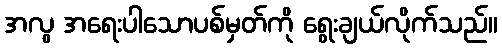
အလွ အရေးပါသောပစ်မှတ်ကို ရွေးချယ်လိုက်သည်။